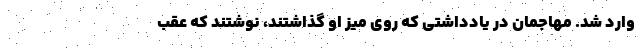
وارد شد. مهاجمان در یادداشتی که روی میز او گذاشتند، نوشتند که عقب